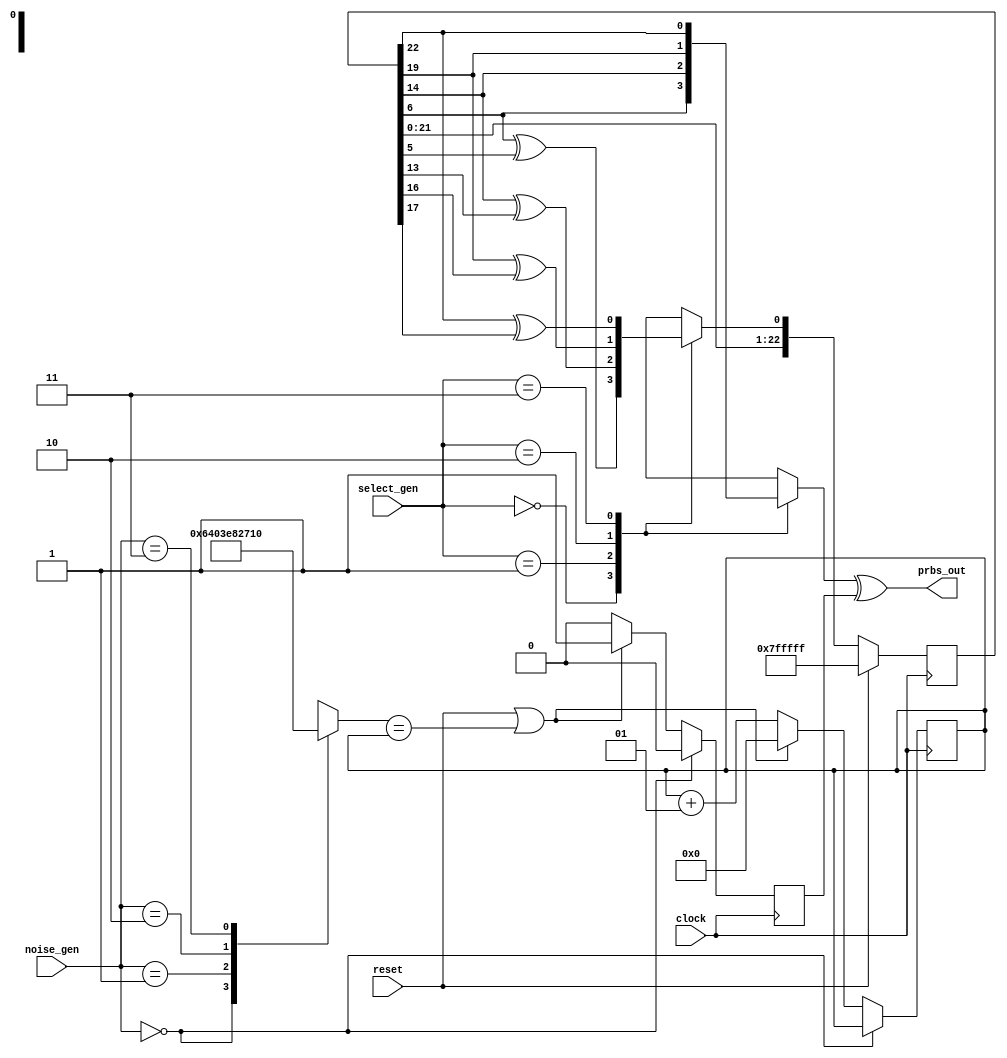
module ber_prbsnoise(
   input clock,
   input reset,
   input [1:0]select_gen,
   input [1:0]noise_gen,  
   output prbs_out    
   );
 
//variable declaration

//-------------- prbsnoise generaration variables
//for generation
reg [22:0]shiftreg;
reg feedback;
reg prbsbuffer;
//for error generation
integer noise_counter=0;
reg counteroverflow_gen;
reg [15:0]counterlimit;

//program logic
//---------------generation block--------------------
//prbs sequence generation

always@(posedge clock)//load or shift register (for generation
begin
 if(reset==1'b1)
  shiftreg=23'hffffff;
else
shiftreg={shiftreg[21:0],feedback};
end

always@*// calculate feedback based on the case selected
case(select_gen)
2'b00:feedback=shiftreg[6]^shiftreg[5];      
2'b01:feedback=shiftreg[14]^shiftreg[13];
2'b10:feedback=shiftreg[19]^shiftreg[16];
2'b11:feedback=shiftreg[22]^shiftreg[17];
default feedback=1'bx;
endcase

always@*//calculate output register based on sequence selected
case(select_gen)
 2'b00: prbsbuffer=shiftreg[6];
 2'b01: prbsbuffer=shiftreg[14];
 2'b10: prbsbuffer=shiftreg[19];
 2'b11: prbsbuffer=shiftreg[22];
default prbsbuffer=1'bx;
endcase

// noise or error insertion
always@*
 begin
  case (noise_gen)
   2'b00:counterlimit=1'b0;
   2'b01:counterlimit=16'd100;
   2'b10:counterlimit=16'd1000;
   2'b11:counterlimit=16'd10000;
   endcase
 end
always@(posedge clock)
//count upto a value&set counteroverflow if value reached
if(noise_gen==2'b00)
 counteroverflow_gen=1'b0;
else 
begin
  if(reset | counterlimit==noise_counter)
    begin
     noise_counter=0;
     counteroverflow_gen=1;
    end
  else
    begin
    noise_counter=noise_counter+1;
    counteroverflow_gen=0;  
    end
end 

//xor the noise(counteroverflow) and prbs output to induce 1 error in every x bits 
assign prbs_out=prbsbuffer^counteroverflow_gen;

endmodule